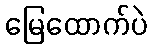
မြေထောက်ပဲ